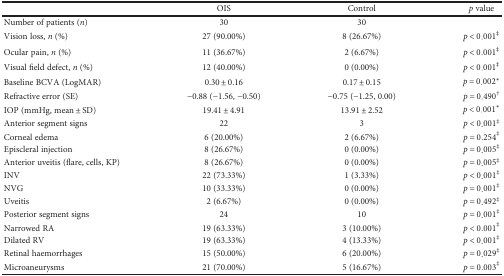
<table><thead><tr><td></td><td><b>OIS</b></td><td><b>Control</b></td><td><b><i>p</i> value</b></td></tr></thead><tbody><tr><td>Number of patients (<i>n</i>)</td><td>30</td><td>30</td><td></td></tr><tr><td>Vision loss, <i>n</i> (%)</td><td>27 (90.00%)</td><td>8 (26.67%)</td><td><i>p</i> &lt; 0.001<sup>‡</sup></td></tr><tr><td>Ocular pain, <i>n</i> (%)</td><td>11 (36.67%)</td><td>2 (6.67%)</td><td><i>p</i> &lt; 0.001<sup>‡</sup></td></tr><tr><td>Visual field defect, <i>n</i> (%)</td><td>12 (40.00%)</td><td>0 (0.00%)</td><td><i>p</i> &lt; 0.001<sup>‡</sup></td></tr><tr><td>Baseline BCVA (LogMAR)</td><td>0.30 ± 0.16</td><td>0.17 ± 0.15</td><td><i>p</i> = 0.002<sup>∗</sup></td></tr><tr><td>Refractive error (SE)</td><td>−0.88 (−1.56, −0.50)</td><td>−0.75 (−1.25, 0.00)</td><td><i>p</i> = 0.490<sup>†</sup></td></tr><tr><td>IOP (mmHg, mean ± SD)</td><td>19.41 ± 4.91</td><td>13.91 ± 2.52</td><td><i>p</i> &lt; 0.001<sup>∗</sup></td></tr><tr><td>Anterior segment signs</td><td>22</td><td>3</td><td><i>p</i> &lt; 0.001<sup>‡</sup></td></tr><tr><td>Corneal edema</td><td>6 (20.00%)</td><td>2 (6.67%)</td><td><i>p</i> = 0.254<sup>‡</sup></td></tr><tr><td>Episcleral injection</td><td>8 (26.67%)</td><td>0 (0.00%)</td><td><i>p</i> = 0.005<sup>‡</sup></td></tr><tr><td>Anterior uveitis (flare, cells, KP)</td><td>8 (26.67%)</td><td>0 (0.00%)</td><td><i>p</i> = 0.005<sup>‡</sup></td></tr><tr><td>INV</td><td>22 (73.33%)</td><td>1 (3.33%)</td><td><i>p</i> &lt; 0.001<sup>‡</sup></td></tr><tr><td>NVG</td><td>10 (33.33%)</td><td>0 (0.00%)</td><td><i>p</i> = 0.001<sup>‡</sup></td></tr><tr><td>Uveitis</td><td>2 (6.67%)</td><td>0 (0.00%)</td><td><i>p</i> = 0.492<sup>‡</sup></td></tr><tr><td>Posterior segment signs</td><td>24</td><td>10</td><td><i>p</i> = 0.001<sup>‡</sup></td></tr><tr><td>Narrowed RA</td><td>19 (63.33%)</td><td>3 (10.00%)</td><td><i>p</i> &lt; 0.001<sup>‡</sup></td></tr><tr><td>Dilated RV</td><td>19 (63.33%)</td><td>4 (13.33%)</td><td><i>p</i> &lt; 0.001<sup>‡</sup></td></tr><tr><td>Retinal haemorrhages</td><td>15 (50.00%)</td><td>6 (20.00%)</td><td><i>p</i> = 0.029<sup>‡</sup></td></tr><tr><td>Microaneurysms</td><td>21 (70.00%)</td><td>5 (16.67%)</td><td><i>p</i> = 0.003<sup>‡</sup></td></tr></tbody></table>